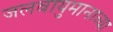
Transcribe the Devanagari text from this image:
जलवायुमानाच्या